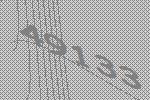
49133